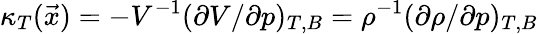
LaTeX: \kappa_{T}(\vec{x})=-V^{-1}(\partial V/\partial p)_{T,B}=\rho^{-1}(\partial\rho/\partial p)_{T,B}